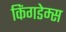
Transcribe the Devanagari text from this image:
किंगडेम्स